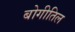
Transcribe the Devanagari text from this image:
बोगीतिल